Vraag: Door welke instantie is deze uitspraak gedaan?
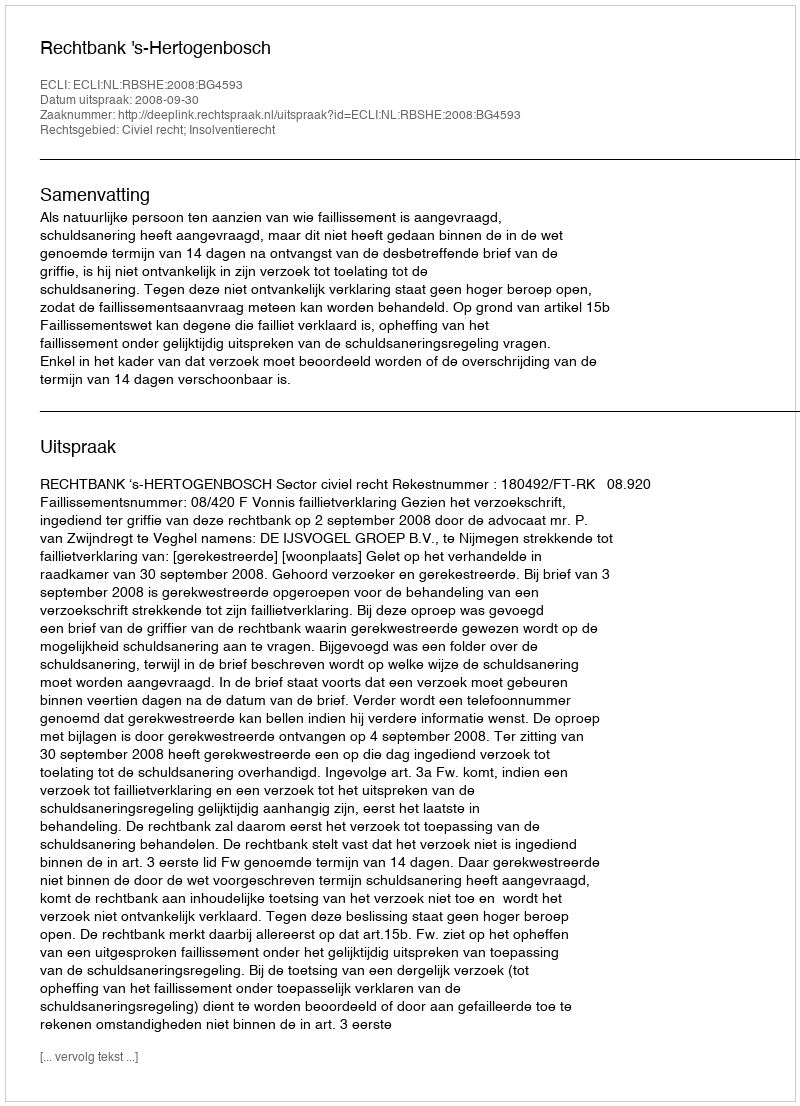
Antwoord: Rechtbank 's-Hertogenbosch